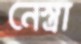
নেস্ত্রা